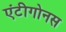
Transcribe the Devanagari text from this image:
एंटीगोनस